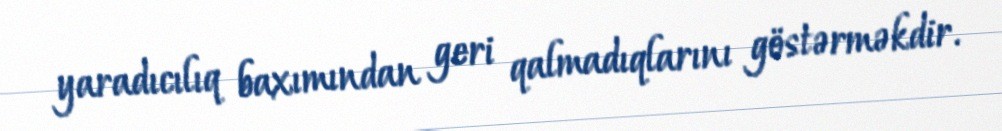
yaradıcılıq baxımından geri qalmadıqlarını göstərməkdir.